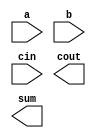
// Create a 100-bit binary ripple-carry adder by instantiating 100 full adders. 
// The adder adds two 100-bit numbers and a carry-in to produce a 100-bit sum and carry out. 
// To encourage you to actually instantiate full adders, 
// also output the carry-out from each full adder in the ripple-carry adder. 
// cout[99] is the final carry-out from the last full adder, and is the carry-out you usually see.

// Hint: There are many full adders to instantiate. An instance array or generate statement would help here.

module top_module( 
    input [99:0] a, b,
    input cin,
    output [99:0] cout,
    output [99:0] sum );

    // Insert your code here
endmodule